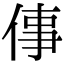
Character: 倳